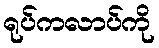
ရုပ်ကလာပ်ကို